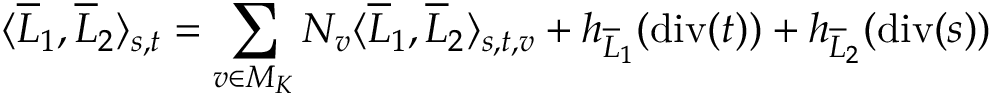
\langle \overline { { L } } _ { 1 } , \overline { { L } } _ { 2 } \rangle _ { s , t } = \sum _ { v \in M _ { K } } N _ { v } \langle \overline { { L } } _ { 1 } , \overline { { L } } _ { 2 } \rangle _ { s , t , v } + h _ { \overline { { L } } _ { 1 } } ( \operatorname { d i v } ( t ) ) + h _ { \overline { { L } } _ { 2 } } ( \operatorname { d i v } ( s ) )